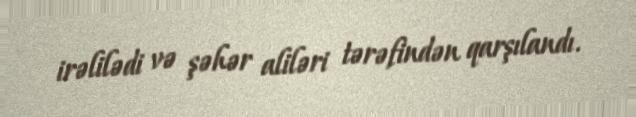
irəlilədi və şəhər aliləri tərəfindən qarşılandı.